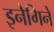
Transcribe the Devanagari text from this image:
इनेगिने